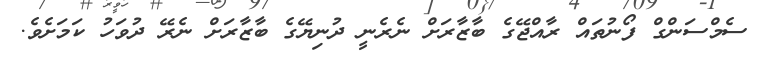
ސެމްސަންގް ފޯނުތައް ރާއްޖޭގެ ބާޒާރަށް ނެރެނީ ދުނިޔޭގެ ބާޒާރަށް ނެރޭ ދުވަހު ކަމަށެވެ.